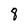
Character: 8